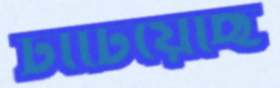
টাটিয়েছি